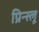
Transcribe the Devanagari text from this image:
प्रिन्स्लू